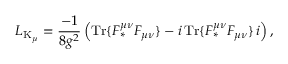
{ \cal L } _ { \mathrm { K } _ { \mu } } = \frac { - 1 } { 8 g ^ { 2 } } \left( \mathrm { T r } \{ { \cal F } _ { \ast } ^ { \mu \nu } { \cal F } _ { \mu \nu } \} - i \, \mathrm { T r } \{ { \cal F } _ { \ast } ^ { \mu \nu } { \cal F } _ { \mu \nu } \} \, i \right) ,